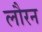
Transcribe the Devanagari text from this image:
लौरन